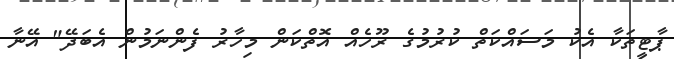
ޕާޓީތަކާ އެކު މަސައްކަތް ކުރުމުގެ ރޫހެއް އޮތްކަން މިހާރު ފެންނަމުން އެބަދޭ" އޭނާ